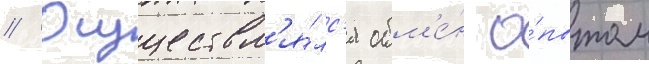
// Осуществл'я́лс'я обм'е́н о́пытом